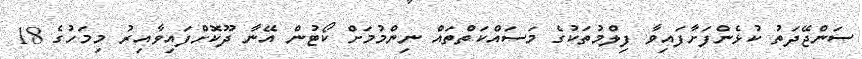
ސަންޖޭދަތު ކުޅެންފަށާފައިވާ ފިލްމުތަކުގެ މަސައްކަތްތައް ނިންމުމަށް ކޯޓުން އޭނާ ދޫކޮށްފައިވާއިރު މިމަހުގެ 18